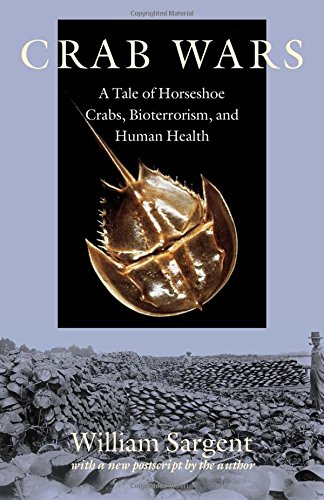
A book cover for Crab Wars: A Tale of Horseshoe Crabs, Bioterrorism, and Human Health; Bill Sargent; Medical Books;